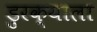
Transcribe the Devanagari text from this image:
डुरक्याला